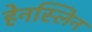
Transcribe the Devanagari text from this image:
हेनस्लिन